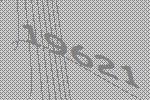
19621